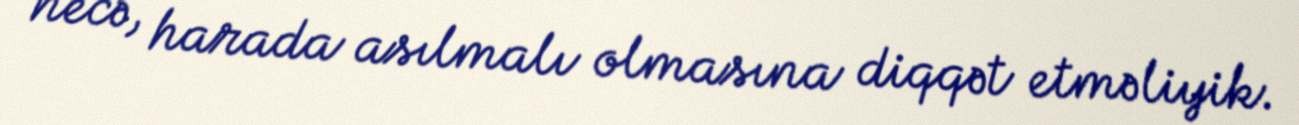
necə, harada asılmalı olmasına diqqət etməliyik.